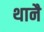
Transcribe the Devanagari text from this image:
थानै